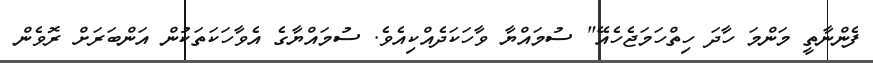
ފެންނާތީ މަންމަ ހާދަ ހިތްހަމަޖެހެއޭ" ސުމައްޔާ ވާހަކަދެއްކިއެވެ. ސުމައްޔާގެ އެވާހަކަތަކުން އަންބަރަށް ރޮވެން